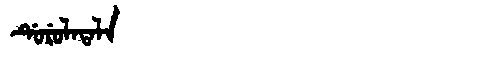
Manchu: ᡩᡠᡵᡠᠯᠠᡨᠠᠯᠠ
Romanization: DURULATALA